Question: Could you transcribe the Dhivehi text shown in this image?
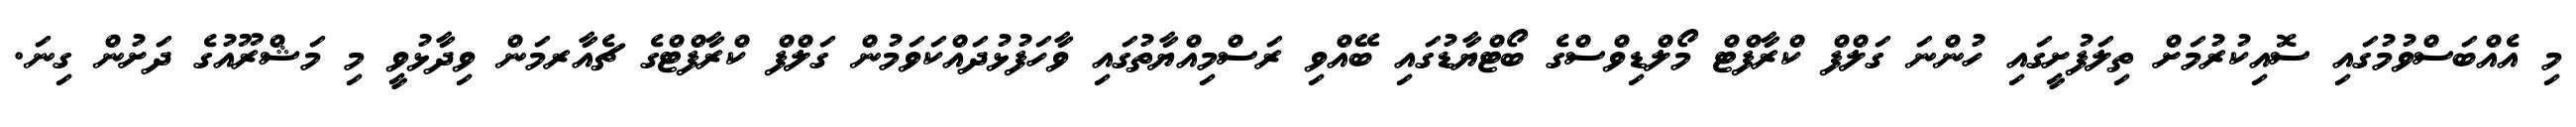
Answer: މި އެއްބަސްވުމުގައި ސޮއިކުރުމަށް ތިލަފުށީގައި ހުންނަ ގަލްފް ކްރާފްޓް މޯލްޑިވްސްގެ ބޯޓްޔާޑުގައި ބޭއްވި ރަސްމިއްޔާތުގައި ވާހަފުޅުދައްކަވަމުން ގަލްފް ކްރާފްޓްގެ ޗެއާރމަން ވިދާޅުވީ މި މަޝްރޫއުގެ ދަށުން ގިނަ.